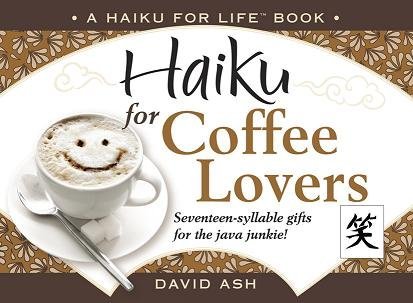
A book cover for Haiku for Coffee Lovers (Haiku for Life); David Ash; Health, Fitness & Dieting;